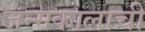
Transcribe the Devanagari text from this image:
जन्मकालाची